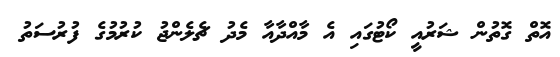
އޮތް ގޮތުން ޝަރުއީ ކޯޓުގައި އެ މާއްދާއާ މެދު ޗެލެންޖު ކުރުމުގެ ފުރުސަތު